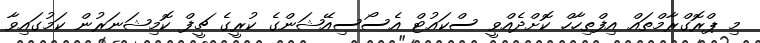
މި ޕްރޮގްރާމްތައް އިފްތިހާހް ކޮށްދެއްވީ ސްކައުޓް އެސޯސިއޭޝަންގެ ކުރީގެ ޗީފް ކޮމިޝަނަރުން ކަމުގައިވާ